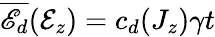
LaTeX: \overline{{\mathscr{E}_{d}}}(\mathcal{E}_{z})=c_{d}(J_{z})\gamma t